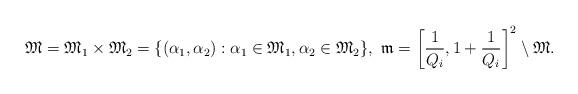
LaTeX: \begin{align*}\mathfrak{M}=\mathfrak{M}_{1}\times\mathfrak{M}_{2}=\{(\alpha_{1},\alpha_{2}):\alpha_{1}\in \mathfrak{M}_{1},\alpha_{2}\in \mathfrak{M}_{2}\},\ \mathfrak{m}=\left [\frac{1}{Q_{i}},1+\frac{1}{Q_{i}}\right ]^2\setminus\mathfrak{M}.\end{align*}